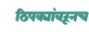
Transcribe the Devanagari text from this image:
ठिपक्यांवरूनच